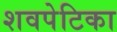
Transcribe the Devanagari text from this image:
शवपेटिका